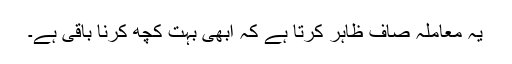
یہ معاملہ صاف ظاہر کرتا ہے کہ ابھی بہت کچھ کرنا باقی ہے۔